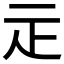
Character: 𤴕